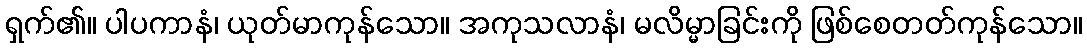
ရှက်၏။ ပါပကာနံ၊ ယုတ်မာကုန်သော။ အကုသလာနံ၊ မလိမ္မာခြင်းကို ဖြစ်စေတတ်ကုန်သော။